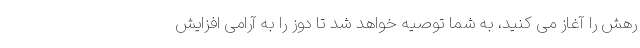
رهش را آغاز می کنید، به شما توصیه خواهد شد تا دوز را به آرامی افزایش